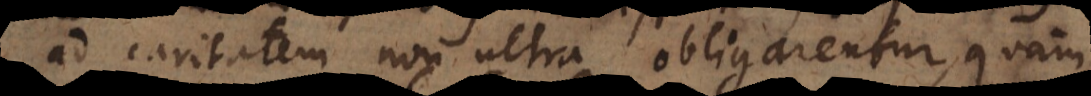
ad caritatem non ultra obligarentur, quam